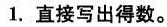
1.直接写出得数。